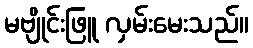
မဗျိုင်းဖြူ လှမ်းမေးသည်။